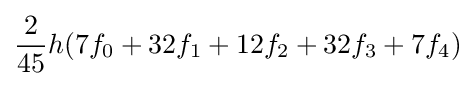
{\frac {2}{45}}h(7f_{0}+32f_{1}+12f_{2}+32f_{3}+7f_{4})